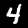
Label: 4